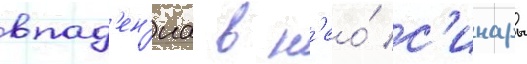
впад'ен'иа в н'ео́ с'инары